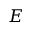
E